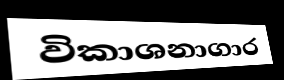
විකාශනාගාර